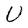
Character: U